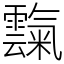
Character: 霼